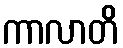
ကာလာတိ